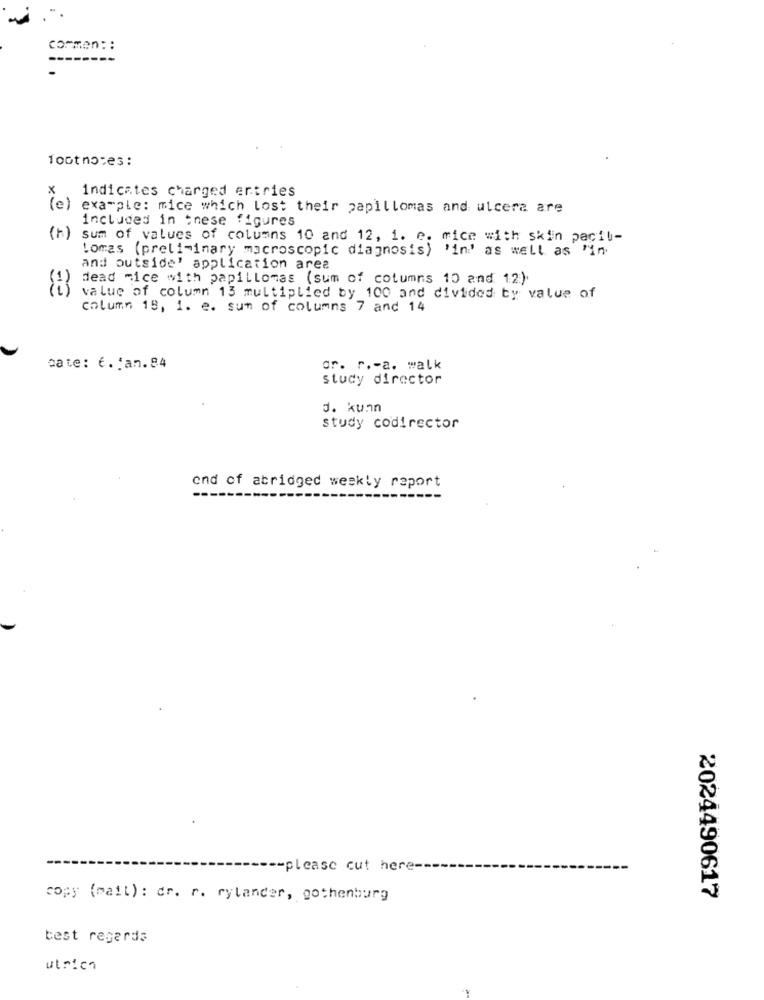
carmen: :
-------
foot notes :
x
Indicates charged entries
(e)
example: mice which lost their papillomas and ulcera are
included in these figures
sum of values of columns 10 and 12, i. e. mice with skin pacil-
Lomas (preliminary macroscopic diagnosis) 'in' as well as "in
and outside' application area
dead mice with papillomas (sum of columns 10 and 12).
value of column 13 multiplied by 100 and divided by value of
column 19, 1. e. sum of columns 7 and 14
cate: €.jan.84
gr. r .- a. walk
study director
J. kunn
study codirector
end of abridged weekly report
---
-please cut here-
copy (mail) : dr. r. rylander, gothenburg
2024490617
best regards
ulrica